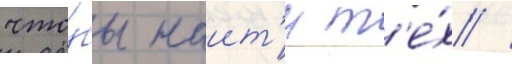
что́бы наит'и т'е́х /